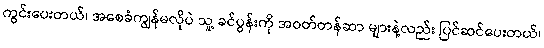
ကွင်းပေးတယ်၊ အစေခံကျွန်မလိုပဲ သူ့ ခင်ပွန်းကို အဝတ်တန်ဆာ များနဲ့လည်း ပြင်ဆင်ပေးတယ်၊